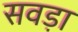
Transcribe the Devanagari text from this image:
सवड़ा